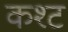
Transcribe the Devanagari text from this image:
कश्ट